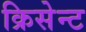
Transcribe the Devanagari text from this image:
क्रिसेन्‍ट